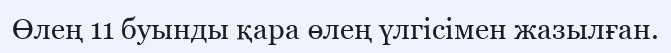
Өлең 11 буынды қара өлең үлгісімен жазылған.